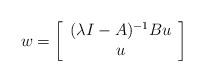
LaTeX: \begin{align*} w = \left[\begin{array}{c} (\lambda I - A)^{-1}B u \\ u \end{array}\right]\end{align*}